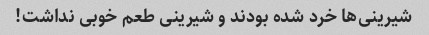
شیرینی‌ها خرد شده بودند و شیرینی طعم خوبی نداشت!